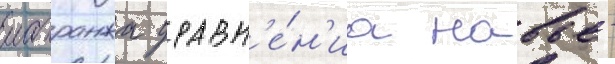
лагранжа уравн'е́н'иа навье -